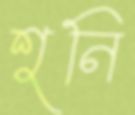
শুনি